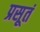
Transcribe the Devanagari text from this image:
प्रसूतं